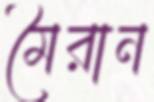
মৈরান